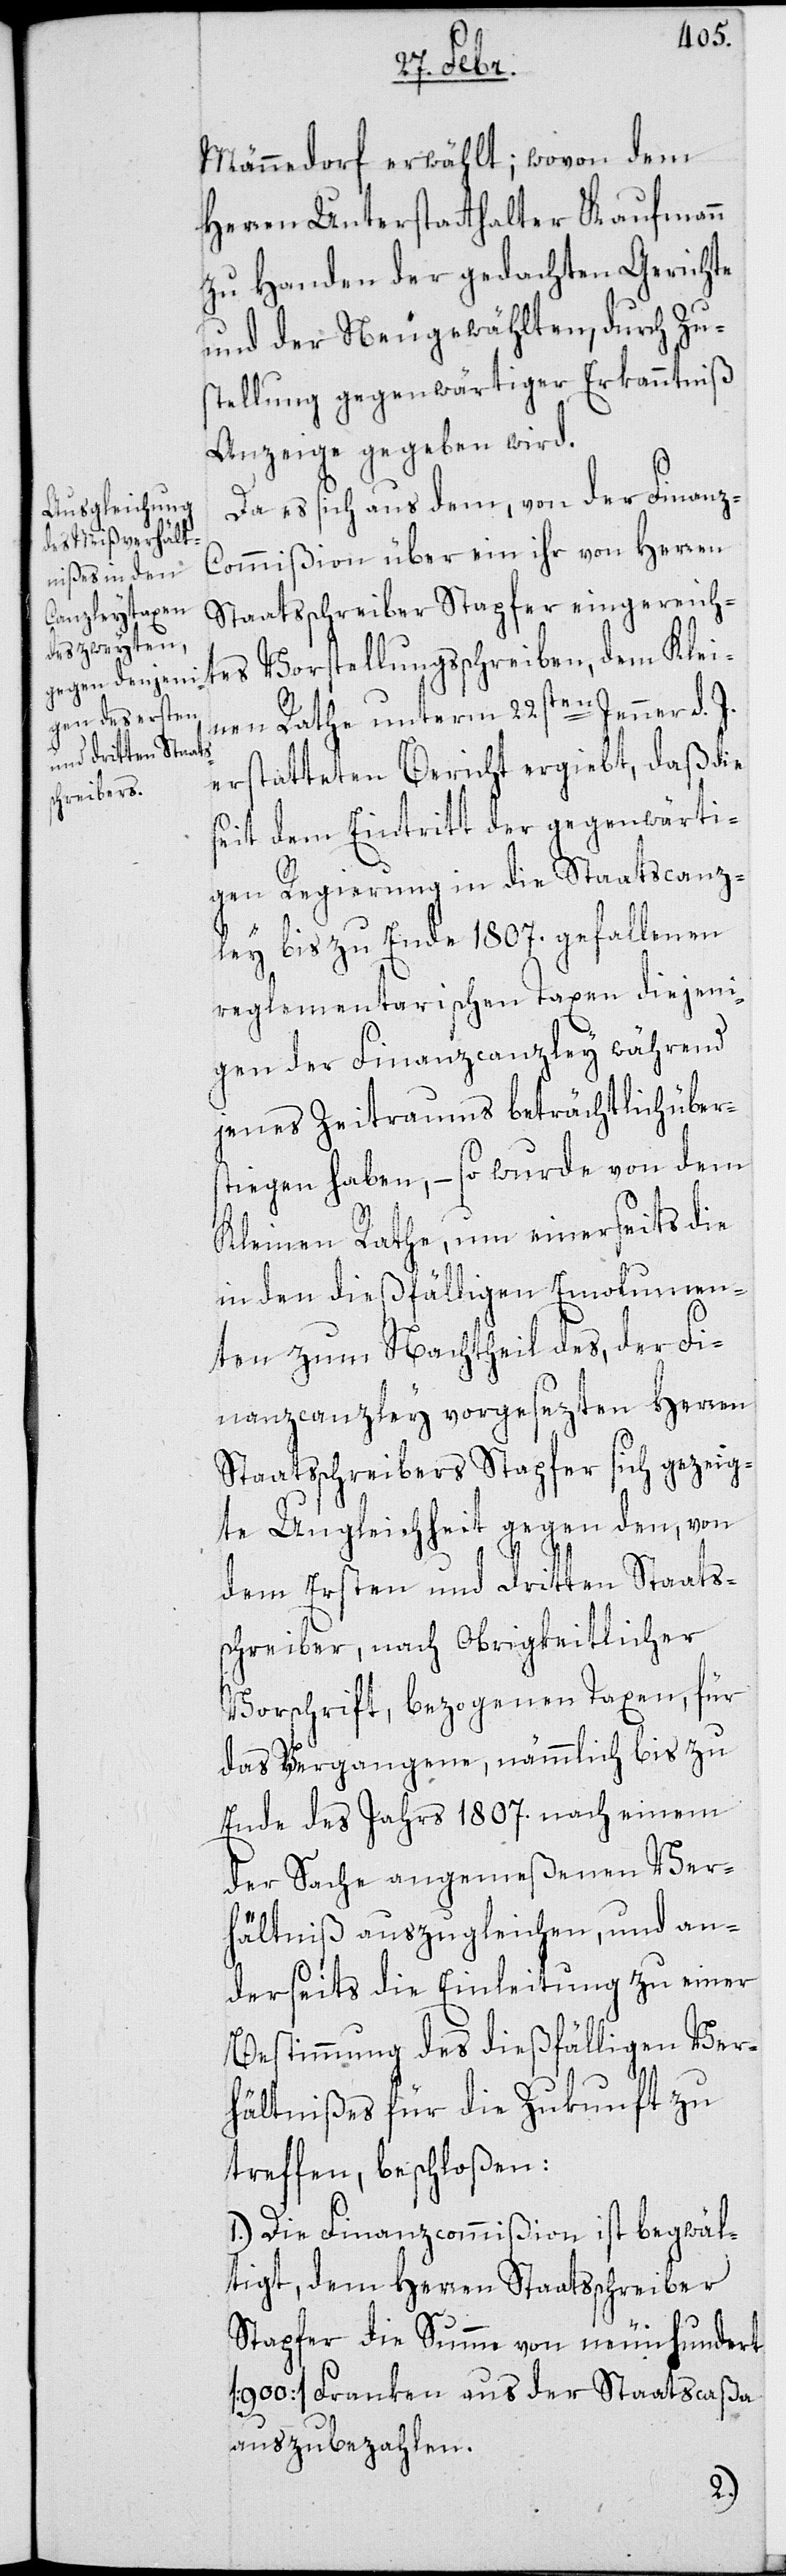
Männedorf erwählt; wovon dem
Herren Unterstatthalter Kaufmann
zu Handen der gedachten Gerichte
und der Neugewählten, durch Zu¬
stellung gegenwärtiger Erkanntniß
Anzeige gegeben wird.